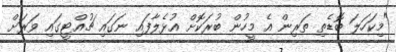
"މިކަހަލަ ބޮޑެތި ތަރިން އެ މީހުން ބުރަކޮށް އުޅެލާފައި ނަގައި ޗުއްޓީގައި ވަރަށް